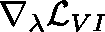
\nabla _ { \mathbf { \lambda } } \mathcal { L } _ { V I }